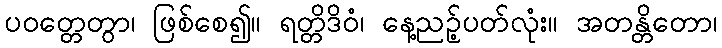
ပဝတ္တေတွာ၊ ဖြစ်စေ၍။ ရတ္တိဒိဝံ၊ နေ့ညဉ့်ပတ်လုံး။ အတန္တိတော၊